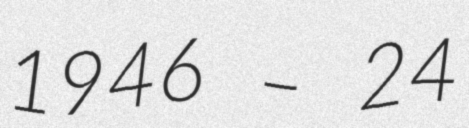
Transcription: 1946 – 24